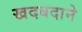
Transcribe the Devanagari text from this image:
खदबदाने